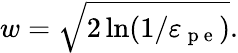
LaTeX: w=\sqrt{2\ln(1/\varepsilon_{\mathrm{~p~e~}})}.